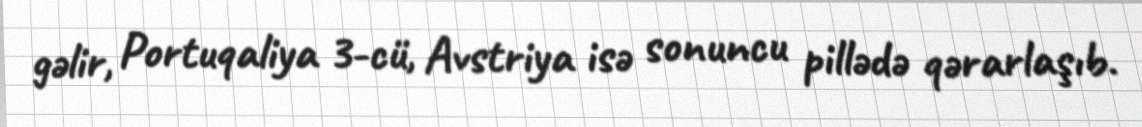
gəlir, Portuqaliya 3-cü, Avstriya isə sonuncu pillədə qərarlaşıb.